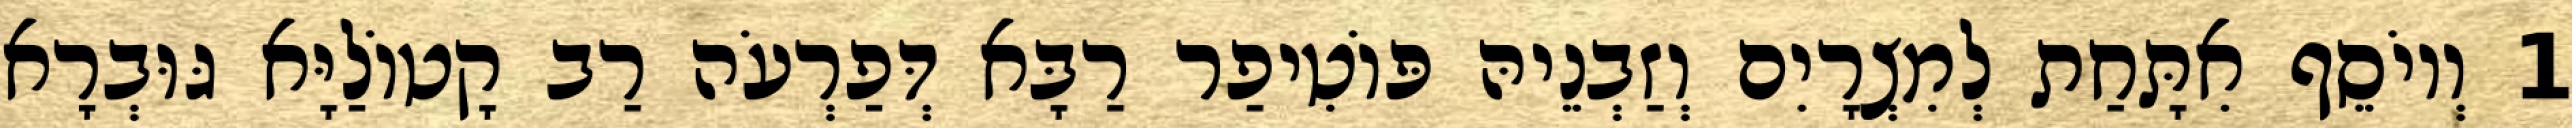
1 וְיוֹסֵף אִתָּחַת לְמִצְרָיִם וְזַבְנֵיהּ פּוֹטִיפַר רַבָּא דְּפַרְעֹה רַב קָטוֹלַיָּא גּוּבְרָא